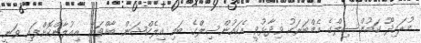
މުރައިދޫ ކައުންސިލްގެ މެމްބަރަކު ވިދާޅުވީ އެކައުންސިލްގެ ބައި އިލެކްޝަން ބާއްވަން އިއުލާންކޮށްފައި ވަނީ